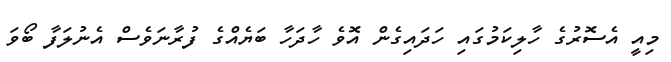
މިއީ އެސޮރުގެ ހާލިކަމުގައި ހަދައިގެން އޮވެ ހާދަހާ ބަޔެއްގެ ފުރާނަވެސް އެނުލަފާ ބޯވަ